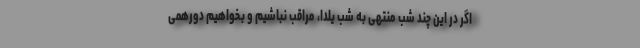
اگر در این چند شب منتهی به شب یلدا، مراقب نباشیم و بخواهیم دورهمی